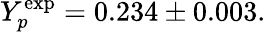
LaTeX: Y_{p}^{\mathrm{exp}}=0.234\pm 0.003.